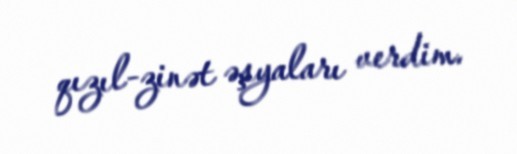
qızıl-zinət əşyaları verdim.